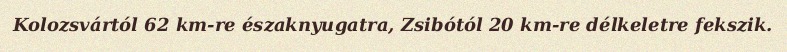
Kolozsvártól 62 km-re északnyugatra, Zsibótól 20 km-re délkeletre fekszik.